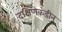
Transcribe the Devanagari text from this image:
दक्षिणेकडीन